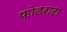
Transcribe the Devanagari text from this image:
फोडराटा